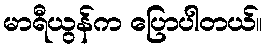
မာရီယွန်က ပြောပါတယ်။